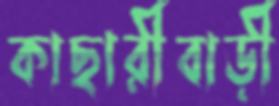
কাছারীবাড়ী